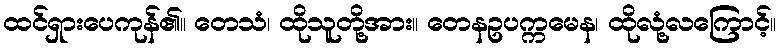
ထင်ရှားပေကုန်၏။ တေသံ၊ ထိုသူတို့အား။ တေနဥပက္ကမေန၊ ထိုလုံ့လကြောင့်။